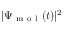
| \Psi _ { \mathrm { ~ m ~ o ~ l ~ } } ( t ) | ^ { 2 }